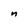
Character: n